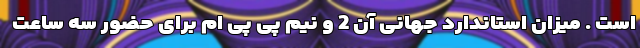
است . میزان استاندارد جهانی آن 2 و نیم پی پی ام برای حضور سه ساعت